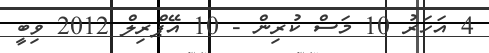
4 އަހަރު 10 މަސް ކުރިން - 10 އޭޕްރިލް 2012 ވިބީ